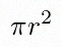
\pi r^2